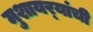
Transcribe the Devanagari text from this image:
मुशायर्‍यांची